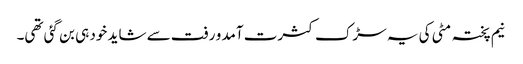
نیم پختہ مٹی کی یہ سڑک کثرت آمد و رفت سے شاید خود ہی بن گئی تھی۔